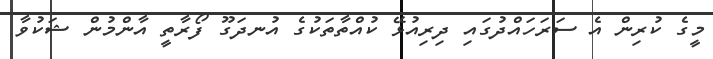
މީގެ ކުރިން އެ ސަރަހައްދުގައި ދިރިއުޅޭ ކުއްތާތަކުގެ އުނދަގޫ ފޯރާތީ އާންމުން ޝަކުވާ